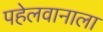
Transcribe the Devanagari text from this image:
पहेलवानाला